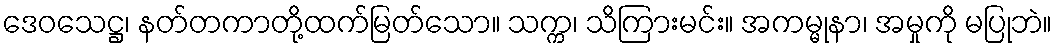
ဒေဝသေဋ္ဌ၊ နတ်တကာတို့ထက်မြတ်သော။ သက္က၊ သိကြားမင်း။ အကမ္မုနာ၊ အမှုကို မပြုဘဲ။